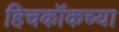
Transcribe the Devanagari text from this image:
हिचकॉकच्या